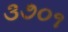
૩૭૦૧